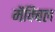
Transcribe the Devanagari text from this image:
मैक्बिल